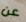
عن